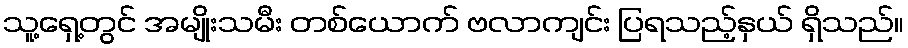
သူ့ရှေ့တွင် အမျိုးသမီး တစ်ယောက် ဗလာကျင်း ပြရသည့်နှယ် ရှိသည်။